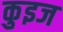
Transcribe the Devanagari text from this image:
कुइज